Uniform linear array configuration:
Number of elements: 16
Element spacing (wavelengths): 1
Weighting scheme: kaiser
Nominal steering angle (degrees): -45
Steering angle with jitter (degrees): -46.246
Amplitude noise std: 0.05
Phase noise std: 0.05

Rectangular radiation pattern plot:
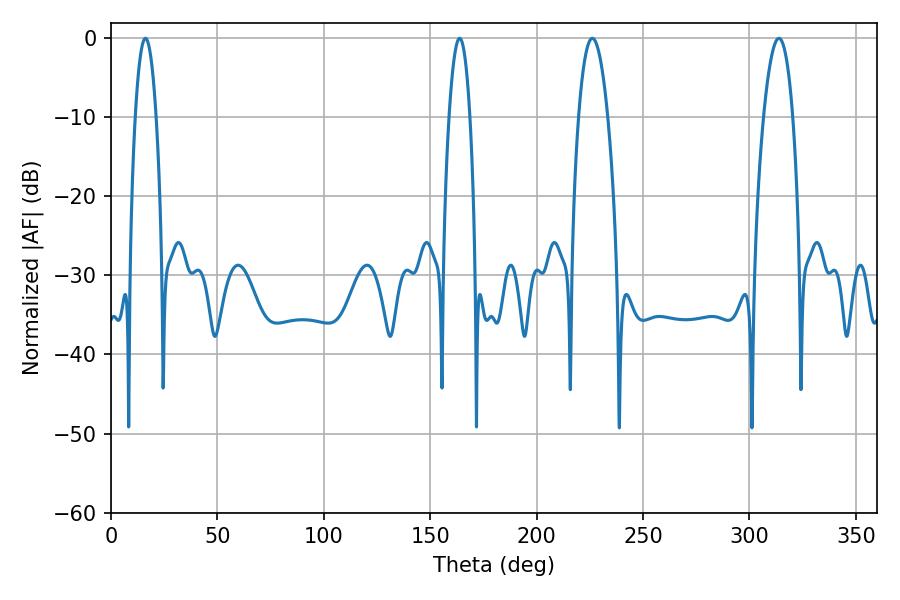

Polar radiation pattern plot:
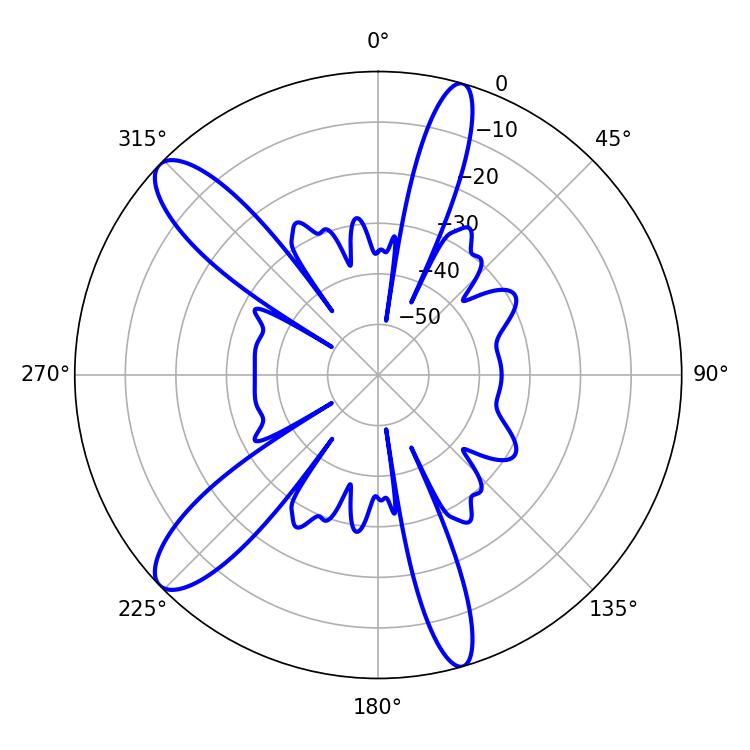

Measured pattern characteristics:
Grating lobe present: TRUE
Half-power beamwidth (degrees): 5.4
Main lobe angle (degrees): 16.2